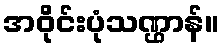
အဝိုင်းပုံသဏ္ဌာန်။